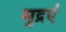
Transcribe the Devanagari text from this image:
मुद्रएं